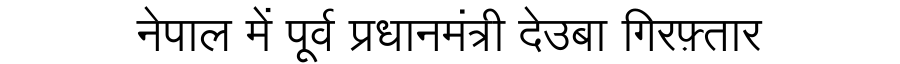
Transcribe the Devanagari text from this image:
नेपाल में पूर्व प्रधानमंत्री देउबा गिरफ़्तार